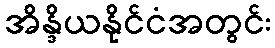
အိန္ဒိယနိုင်ငံအတွင်း